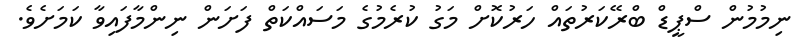
ނިމުމުން ސްޕީޑް ބްރޭކަރުތައް ހަރުކޮށް މަގު ކުރެމުގެ މަސައްކަތް ފަށަން ނިންމާފައިވާ ކަމަށެވެ.